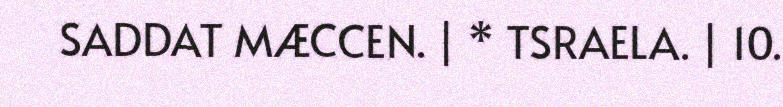
SADDAT MÆCCEN. | * TSRAELA. | 10.